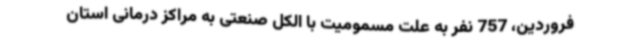
فروردین، 757 نفر به علت مسمومیت با الکل صنعتی به مراکز درمانی استان